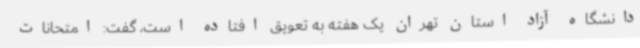
دانشگاه آزاد استان تهران یک هفته به تعویق افتاده است، گفت: امتحانات